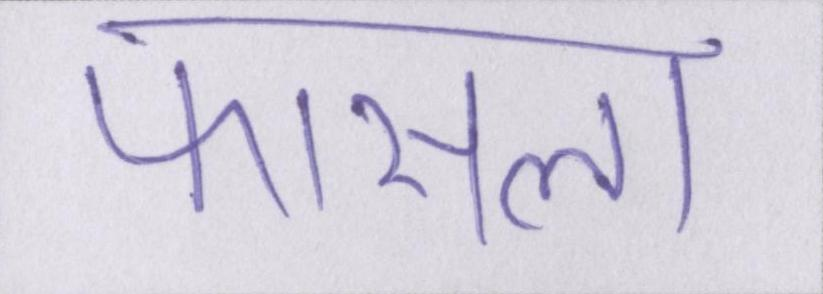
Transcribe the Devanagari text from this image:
फासला